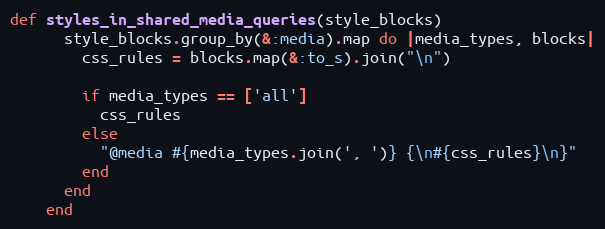
Language: Ruby
def styles_in_shared_media_queries(style_blocks)
      style_blocks.group_by(&:media).map do |media_types, blocks|
        css_rules = blocks.map(&:to_s).join("\n")

        if media_types == ['all']
          css_rules
        else
          "@media #{media_types.join(', ')} {\n#{css_rules}\n}"
        end
      end
    end